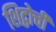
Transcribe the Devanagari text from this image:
शिद्वोची